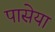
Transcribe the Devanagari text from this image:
पासेया